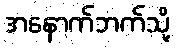
အနောက်ဘက်သို့